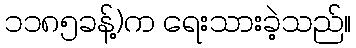
၁၁၈၅ခန့်)က ရေးသားခဲ့သည်။